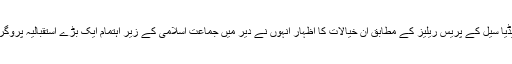
جماعت اسلامی کے مرکزی میڈیا سیل کے پریس ریلیز کے مطابق ان خیالات کا اظہار انہوں نے دیر میں جماعت اسلامی کے زیر اہتمام ایک بڑے استقبالیہ پروگرام سے خطاب کرتے ہوئے کیا۔